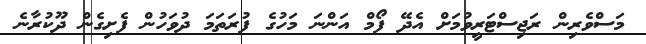
މަސްވެރިން ރަޖިސްޓަރީވުމަށް އެދޭ ފޯމް އަންނަ މަހުގެ ފުރަތަމަ ދުވަހުން ފެށިގެން ދޫކުރާނެ